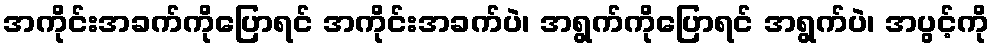
အကိုင်းအခက်ကိုပြောရင် အကိုင်းအခက်ပဲ၊ အရွက်ကိုပြောရင် အရွက်ပဲ၊ အပွင့်ကို